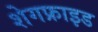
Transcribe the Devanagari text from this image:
शेगफ्राइड